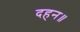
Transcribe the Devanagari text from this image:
दहन॥